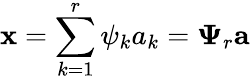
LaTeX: \mathbf{x}=\sum_{k=1}^{r}\psi_{k}a_{k}=\mathbf{\Psi}_{r}\mathbf{a}